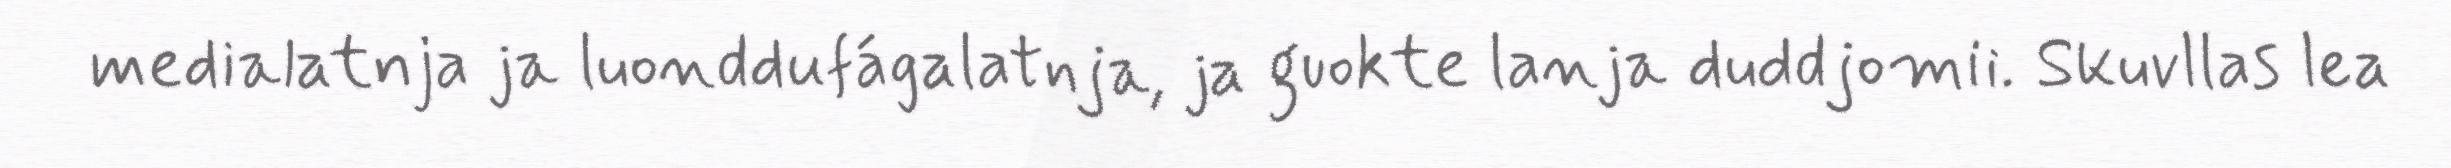
medialatnja ja luonddufágalatnja, ja guokte lanja duddjomii. Skuvllas lea